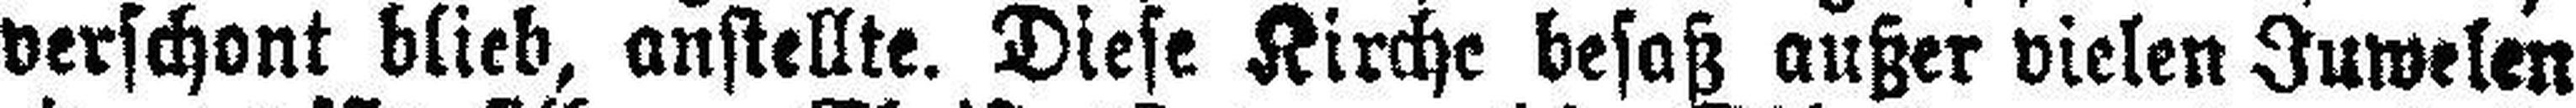
verschont blieb, anstellte. Diese Kirche besaß außer vielen Juwelen